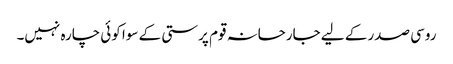
روسی صدر کے لیے جارحانہ قوم پرستی کے سوا کوئی چارہ نہیں۔